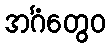
အင်္ဂံတွေဝ